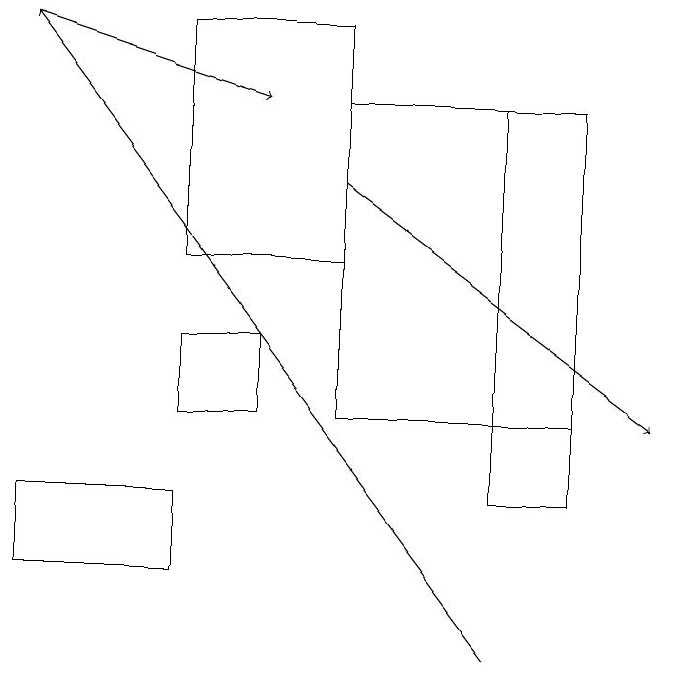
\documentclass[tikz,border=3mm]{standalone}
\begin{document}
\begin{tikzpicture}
\draw (7,17) rectangle (6,12);
\draw (4,15) rectangle (2,18);
\draw[->] (4,16) -- (8,13);
\draw[->] (6,10) -- (0,18);
\draw[->] (0,18) -- (3,17);
\draw (3,14) rectangle (2,13);
\draw (0,12) rectangle (2,11);
\draw (7,17) rectangle (4,13);
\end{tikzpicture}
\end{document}